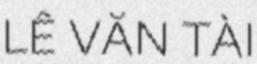
LÊ VĂN TÀI